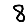
Digit: 8